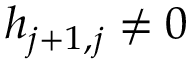
h _ { j + 1 , j } \neq 0